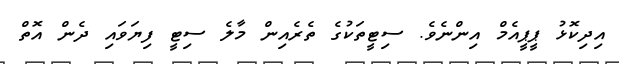
އިދިކޮޅު ޕީޕީއެމް އިންނެވެ. ސިޓީތަކުގެ ތެރެއިން މާލެ ސިޓީ ފިޔަވައި ދެން އޮތް